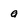
Character: a